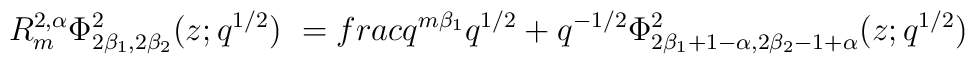
R^{2,\alpha}_m \Phi^2_{2\beta_1 ,2\beta_2} (z;q^{1/2} ) \ =\\frac{q^{m\beta_1}}{q^{1/2} +q^{-1/2}}\Phi^2_{2\beta_1 +1-\alpha ,2\beta_2 -1+\alpha } (z;q^{1/2} ) \